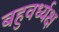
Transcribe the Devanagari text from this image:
बहुवर्ध्यक्ष